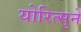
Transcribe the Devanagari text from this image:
योरित्सुने